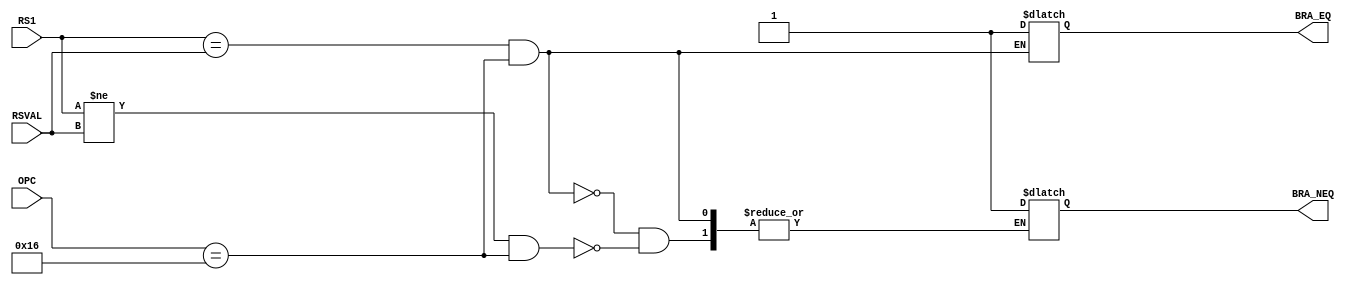
module branch(OPC,BRA_EQ,BRA_NEQ,RS1,RSVAL);
input [31:0]RS1;
input [31:0]RSVAL;
input [5:0]OPC;
output  BRA_EQ;
output BRA_NEQ;

parameter NOTUSED = 11'b0;
parameter NOP = 6'b0;
parameter ADD = 6'b1;
parameter SUB = 6'b10;
parameter STORE = 6'b11;
parameter LOAD= 6'b100;
parameter MOVE = 6'b101;
parameter SGE = 6'b110;
parameter SLE = 6'b111;
parameter SGT = 6'b1000;
parameter SLT = 6'b1001;
parameter SEQ = 6'b1010;
parameter SNE = 6'b1011;
parameter AND = 6'b1100;
parameter OR = 6'b1101;
parameter XOR= 6'b1110;
parameter NOT = 6'b1111;
parameter MOVEI = 6'b10000;
parameter SLI = 6'b10001;
parameter SRI = 6'b10010;
parameter ADDI = 6'b10011;
parameter SUBI = 6'b10100;
parameter JUMP = 6'b10101;
parameter BRA = 6'b10110;
parameter ADDF = 6'b10111;
parameter MULF = 6'b 11000;

reg BRA_EQ;
reg BRA_NEQ;

always @(*)
begin
if((RS1==RSVAL) && (OPC==BRA))
begin
BRA_EQ<=1'b1;
end
else if((RS1!=RSVAL) && (OPC==BRA))
begin
BRA_NEQ<=1'b1;
end
end

endmodule